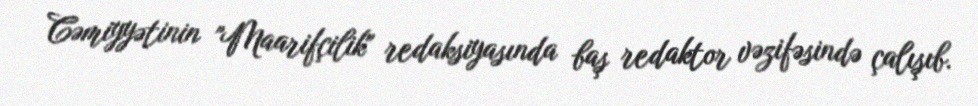
Cəmiyyətinin "Maarifçilik" redaksiyasında baş redaktor vəzifəsində çalışıb.